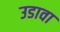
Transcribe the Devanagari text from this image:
उडावा